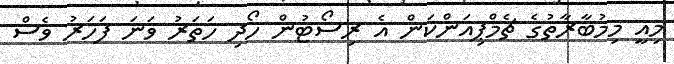
މިއީ މިމުބާރާތުގެ ޗެމްޕިއަންކަން އެ ރިސޯޓުން ހޯދި ހަތަރު ވަނަ ފަހަރު ވެސް